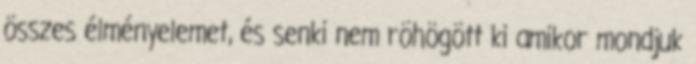
összes élményelemet, és senki nem röhögött ki amikor mondjuk